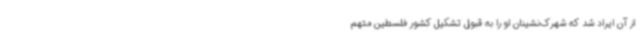
از آن ایراد شد که شهرک‌نشینان او را به قبول تشکیل کشور فلسطین متهم